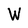
Character: W